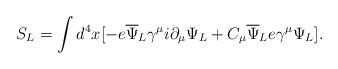
LaTeX: \begin{align*}S_L= \int d^4x [-e{\overline\Psi}_L\gamma^\mu i\partial_\mu\Psi_L+ C_\mu{\overline\Psi}_L e\gamma^\mu \Psi_L]. \end{align*}